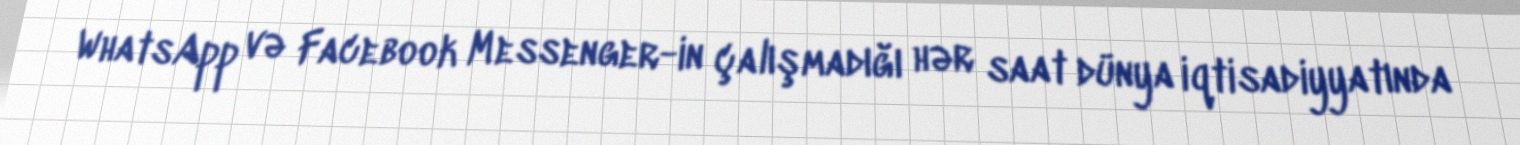
WhatsApp və Facebook Messenger-in çalışmadığı hər saat dünya iqtisadiyyatında